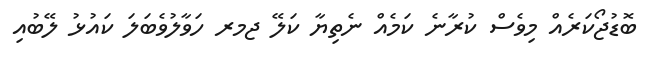
ބޮޑުޖޯކަރެއް މިވެސް ކުރާނެ ކަމެއް ނެތިޔާ ކަލޭ ޖމރ ހަވާލުވެބަލަ ކައުޅު ލޭބުއި